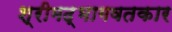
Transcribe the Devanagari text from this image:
श्रीमद्‌भागवतकार